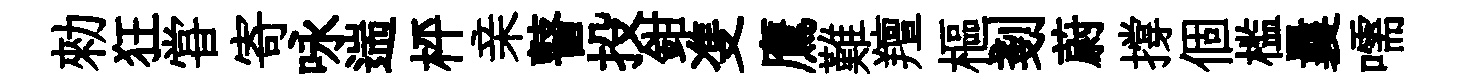
勑狂甞寄咏遄枰亲瞽投鉗㕠鷹難羶樞剗蔚撐個槛曩嚅